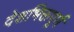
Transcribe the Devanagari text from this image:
देशभिक्तपूर्ण